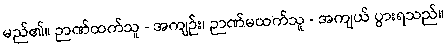
မည်၏။ ဉာဏ်ထက်သူ - အကျဉ်း၊ ဉာဏ်မထက်သူ - အကျယ် ပွားရသည်။